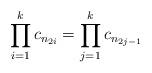
LaTeX: \begin{align*}\prod_{i=1}^{k}c_{n_{2i}}=\prod_{j=1}^{k}c_{n_{2j-1}}\end{align*}